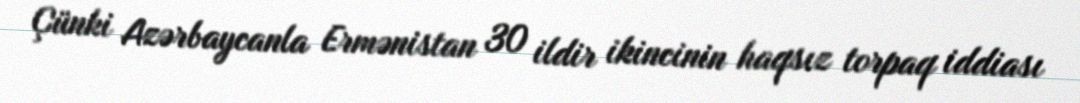
Çünki Azərbaycanla Ermənistan 30 ildir ikincinin haqsız torpaq iddiası